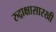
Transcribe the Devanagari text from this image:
रुद्राक्षासारखी